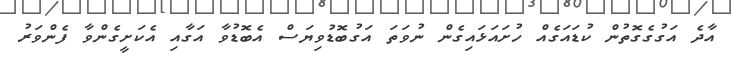
އާދެ އަގުގެގޮތުން ކުޑައަގެއް ހުށައަޅައިގެން ނުވަތަ އަގުބޮޑުވިޔަސް އެބޮޑުވާ އަގާއި އެކަށީގެންވާ ފެންވަރު